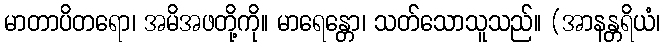
မာတာပိတရော၊ အမိအဖတို့ကို။ မာရေန္တော၊ သတ်သောသူသည်။ (အာနန္တရိယံ၊